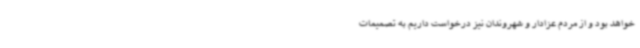
خواهد بود و از مردم عزادار و شهروندان نیز درخواست داریم به تصمیمات